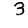
Digit: 3